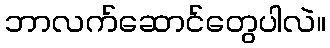
ဘာလက်ဆောင်တွေပါလဲ။